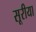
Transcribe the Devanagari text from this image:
सूरीया